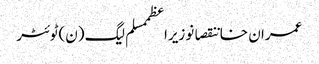
عمران خاننقصانوزیراعظممسلم لیگ (ن)ٹوئٹر